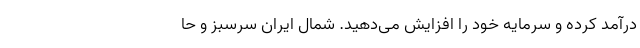
درآمد کرده و سرمایه خود را افزایش می­‌دهید. شمال ایران سرسبز و حا